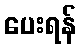
ပေးရန်